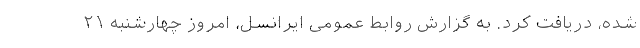
شده، دریافت کرد. به گزارش روابط عمومی ایرانسل، امروز چهارشنبه ۲۱